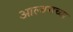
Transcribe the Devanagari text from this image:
आल्बमच्या